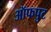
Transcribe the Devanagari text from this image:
ऑफपुट